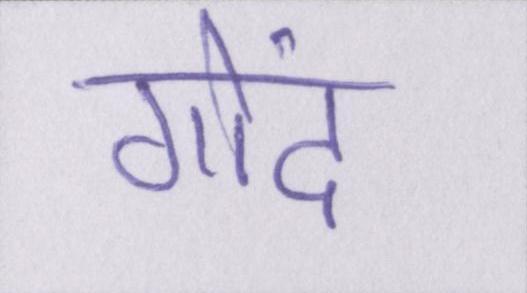
गोंद